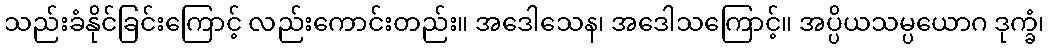
သည်းခံနိုင်ခြင်းကြောင့် လည်းကောင်းတည်း။ အဒေါသေန၊ အဒေါသကြောင့်။ အပ္ပိယသမ္ပယောဂ ဒုက္ခံ၊